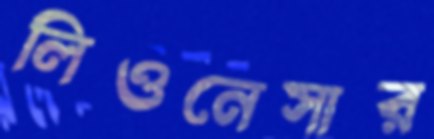
লিওনেসার